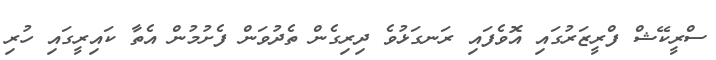
ސްރީކޭޝް ފްރީޒަރުގައި އޮވެފައި ރަނގަޅުވެ ދިރިގެން ތެދުވަން ފެށުމުން އެތާ ކައިރީގައި ހުރި